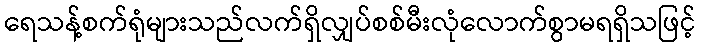
ရေသန့်စက်ရုံများသည်လက်ရှိလျှပ်စစ်မီးလုံလောက်စွာမရရှိသဖြင့်